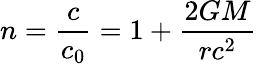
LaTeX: n={\frac{c}{c_{0}}}=1+{\frac{2GM}{rc^{2}}}